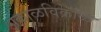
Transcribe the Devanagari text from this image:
अक्राळविक्राळ